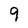
Character: 9